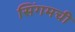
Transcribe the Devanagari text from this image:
सिंगमची